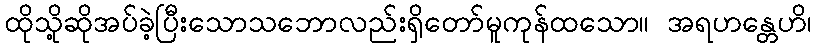
ထိုသို့ဆိုအပ်ခဲ့ပြီးသောသဘောလည်းရှိတော်မူကုန်ထသော။ အရဟန္တေဟိ၊